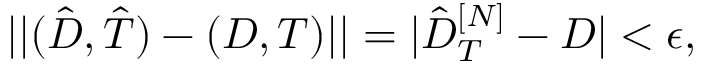
\vert \vert ( \hat { D } , \hat { T } ) - ( D , T ) \vert \vert = | \hat { D } _ { T } ^ { [ N ] } - D | < \epsilon ,